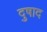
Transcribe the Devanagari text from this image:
दुषाद